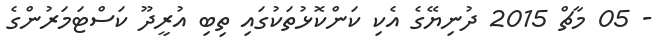
- 05 މާޗް 2015 ދުނިޔޭގެ އެކި ކަންކޮޅުތަކުގައި ތިބި އުރީދޫ ކަސްޓަމަރުންގެ